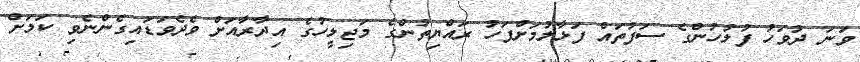
ވަނަ ދުވަހު ފުލުހުންގެ ސަފުތައް ފަޅާލުމަށްފަހު ރައްޔިތުންގެ މަޖިލީހުގެ އިދާރާއަށް ވެދެވަޑައިގެންނެވި ކަމަށް